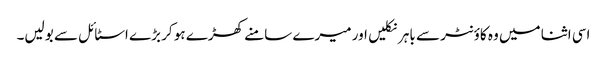
اسی اثنا میں وہ کاؤنٹر سے باہر نکلیں اور میرے سامنے کھڑے ہو کر بڑے اسٹائل سے بولیں۔